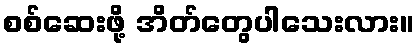
စစ်ဆေးဖို့ အိတ်တွေပါသေးလား။